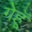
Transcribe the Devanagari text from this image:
गेहॅू